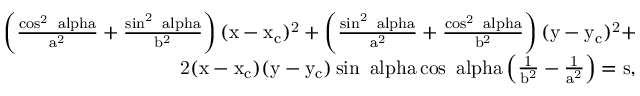
\begin{array} { r } { \mathrm { \left( \frac { \cos ^ { 2 } { \ a l p h a } } { a ^ { 2 } } + \frac { \sin ^ { 2 } { \ a l p h a } } { b ^ { 2 } } \right) ( x - x _ { c } ) ^ { 2 } + \left( \frac { \sin ^ { 2 } { \ a l p h a } } { a ^ { 2 } } + \frac { \cos ^ { 2 } { \ a l p h a } } { b ^ { 2 } } \right) ( y - y _ { c } ) ^ { 2 } + } } \\ { \mathrm { 2 ( x - x _ { c } ) ( y - y _ { c } ) \sin { \ a l p h a } \cos { \ a l p h a } \left( \frac { 1 } { b ^ { 2 } } - \frac { 1 } { a ^ { 2 } } \right) = \mathrm { s } } , } \end{array}